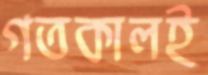
গতকালই